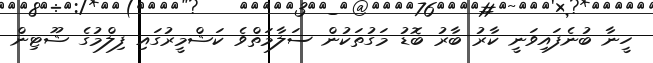
ހީނާ ބުނެފައިވަނީ ކާރު ބާރު ބޮޑު މަގުތަކުން ސަލާމަތްވެ ކަޝްމީރުގައި ފިލްމުގެ ޝޫޓިން